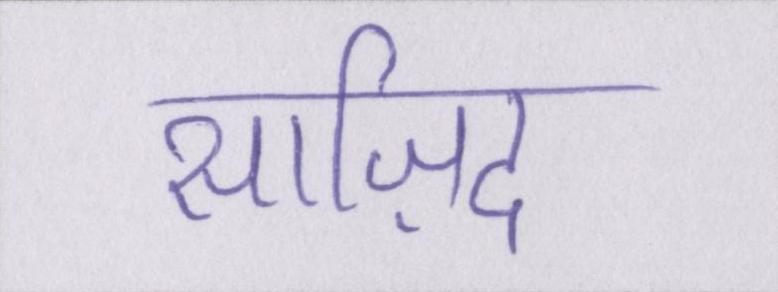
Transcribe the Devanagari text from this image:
साज़िद